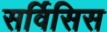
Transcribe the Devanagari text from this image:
सर्विसिस